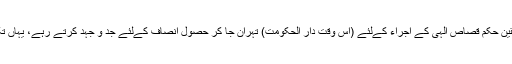
شہید مصطفی خمینیؒ کے لواحقین حکم قصاص الٰہی کے اجراء کےلئے (اس وقت دار الحکومت) تہران جا کر حصول انصاف کےلئے جد و جہد کرتے رہے، یہاں تک کہ قاتل سے قصاص لیا گیا۔